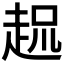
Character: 𲃌